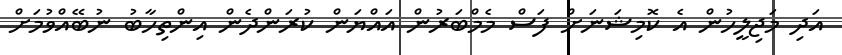
އަދި މަޖިލީހުން އެ ކޮމިޝަނަށް ފަސް މެމްބަރުން އައްޔަން ކުރަންދެން އިންތިހާބު ނުބޭއްވުމަށް